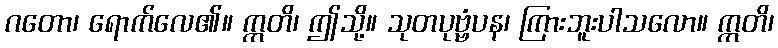
ဂတော၊ ရောက်လေ၏။ ဣတိ၊ ဤသို့။ သုတပုဗ္ဗံပန၊ ကြားဘူးပါသလော။ ဣတိ၊